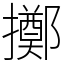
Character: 擲